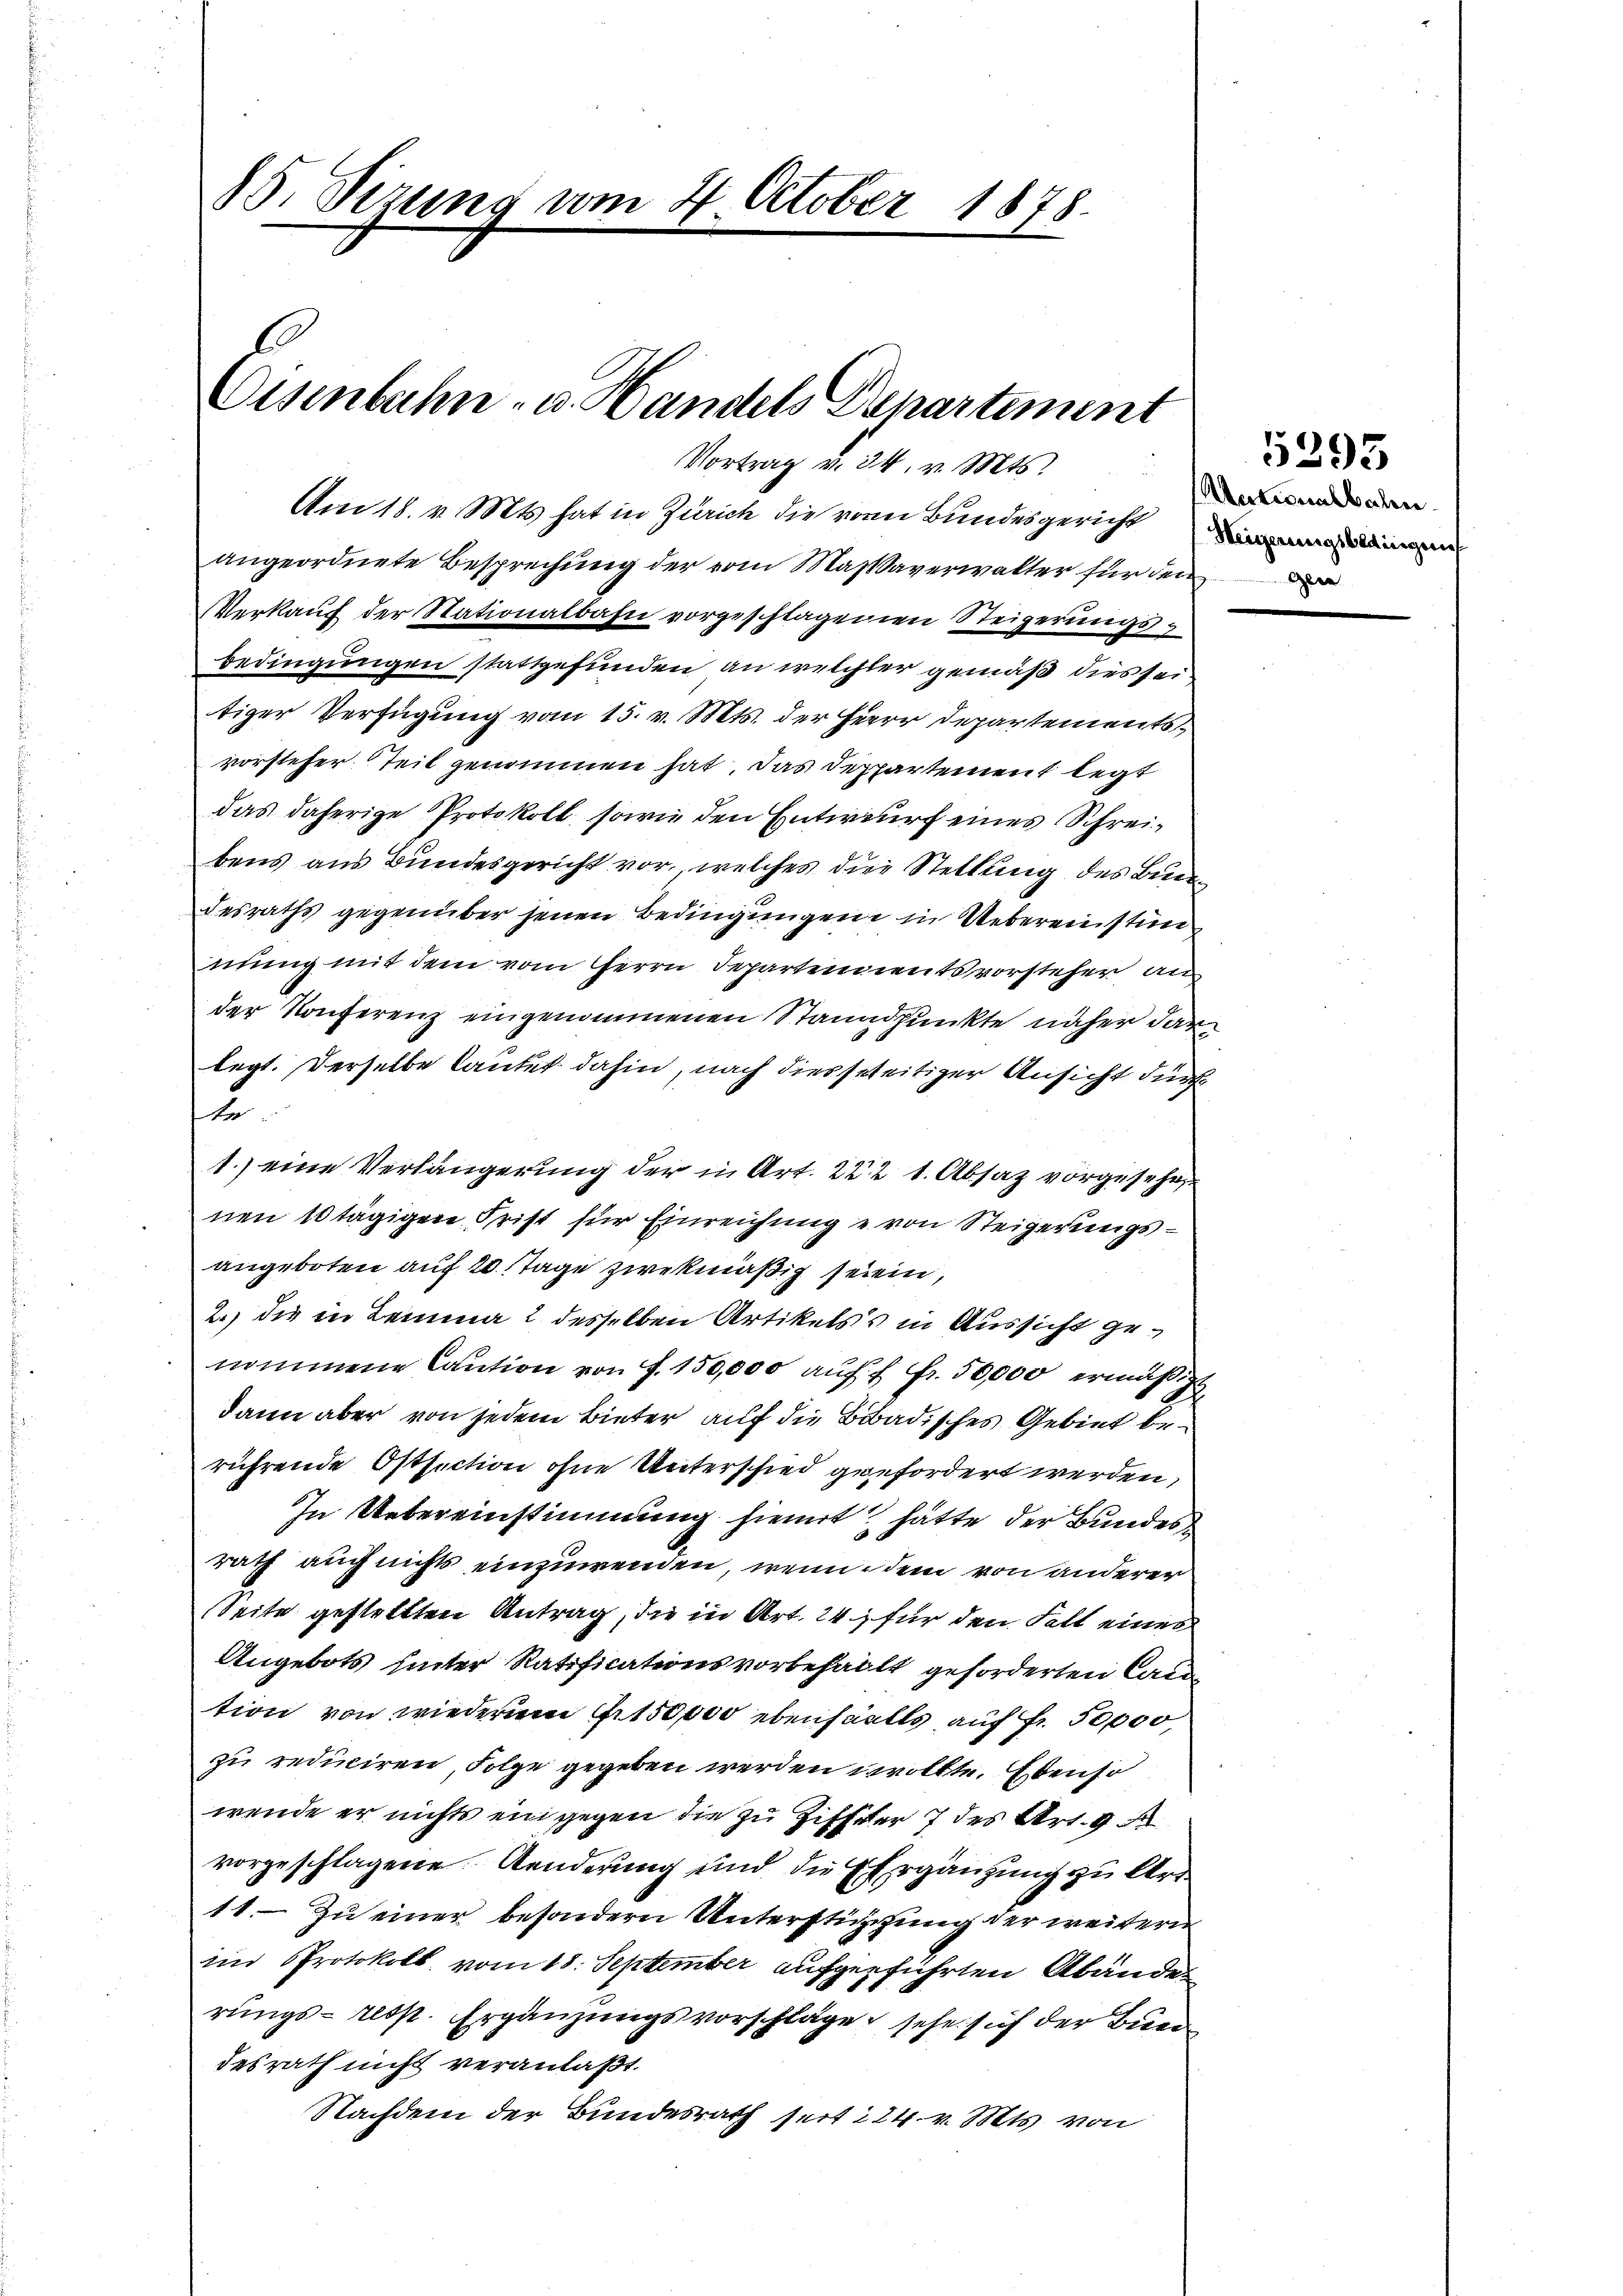
85. Sizung vom 4. October 1878.
Eisenbahn- u. Handels Departement
Vortrag u. 34. v. Mts.

Am 18. v. Mts. hat in Zürich die von Bundesgericht eine

angeordnete Besprechung der vom Massaverwalter für den
Verkauf der Nationalbahn vorgeschlagenen Steigerungsbedingungen stattgefunden an welcher gemäß dies seitiger Verfügung vom 15. v. Mts. der Herrn Departements
vorsteher Teil genommen hat. Das Despartement legt
das daherige Protokoll, sowie den Entwurf eines Schreibens aus Bundesgericht vor, welches die Stellung des Bun
desraths gegenüber jenen Bedingungene in Uebereinstim
nung mit dem vom Herrn Departennentsvorsteher an
der Konferenz eingenommenen Standpunkte näher darlegt. Derselbe lautet dahin, nach diesseseitiger Ansicht durch
Ar
1.) eine Verlängerung der in Art. 222 1. Absaz vorgesehen
nen 10 tägigen Frist für Einreichung u von Steigerungsangeboten auf 20 Tage zwekmäßig seiein,
2.) die in Lemma 2 desselben Artikels in Aussicht genommene Caution von f. 150,000 auf 4 Fr. 50,000 ermäßig
dann aber von jedem Bieter auf die Baadisches Gebiet berührende Ostsection ohne Unterschied gefordert werden,
In Uebereinstimmung hiemit hätte der Bundes
rath auch nichts einzuwenden, wenn dem von anderer
Seite gestellten Antrag, die in Art. 24, für den Fall eines
Angebots hinter Ratificationsvorbehalt geforderten Cada
tion von wiederum 4. 150,000 ebenfalls auf Fr. 50000
zu reduciren, Folge gegeben werden wollte. Ebenso
wende er nichts eingegen die zu Ziffer 7 des Art. 9
vorgeschlagene Aenderung und die Ergänzung zu Art
11. Zu einer besondern Unterstützung der weiteren
iin Protokoll vom 18. September aufgeführten Abände
rungs- resp. Ergänzungsvorschläge sehe sich der Bund
desrath nicht veranlaßt.
Nachdem der Bundesrath seit 24 v. Mts. von

Actionalbahn.

5393